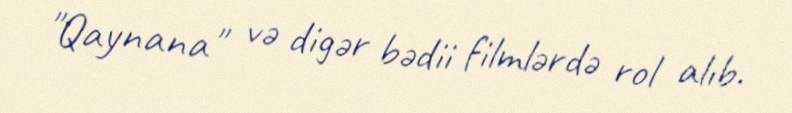
"Qaynana" və digər bədii filmlərdə rol alıb.